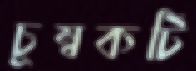
চুম্বকটি